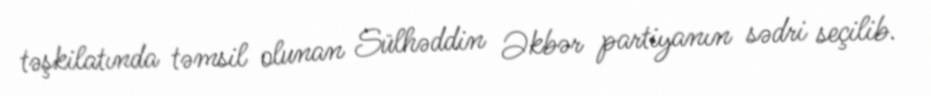
təşkilatında təmsil olunan Sülhəddin Əkbər partiyanın sədri seçilib.